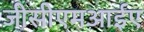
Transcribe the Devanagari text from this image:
जीसीएमआईए